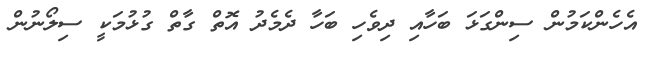
އެހެންކަމުން ސިންގަޅަ ބަހާއި ދިވެހި ބަހާ ދެމެދު އޮތް ގާތް ގުޅުމަކީ ސިލޯނުން